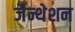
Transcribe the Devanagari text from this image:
जैन्थेशन